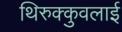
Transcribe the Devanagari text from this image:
थिरुक्कुवलाई